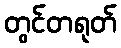
တွင်တရုတ်